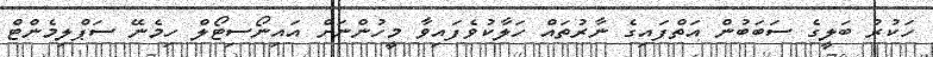
ހަކުރު ބަލީގެ ސަބަބުން އަތްފައިގެ ނާރުތައް ހަލާކުވެފައިވާ މީހުންނަށް އައިނޯސިޓޯލް ހިމެނޭ ސަޕްލިމެންޓް